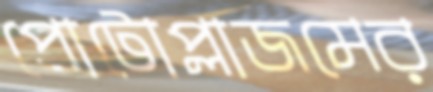
প্রোটোপ্লাজমের